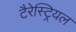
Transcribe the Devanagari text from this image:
टैरेस्ट्रियल